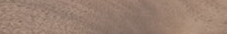
بيع وشراء التحف والمقتنيا